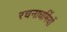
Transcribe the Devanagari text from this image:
रचनाधर्मियों